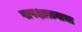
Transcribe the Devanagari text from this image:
पापक्षालनाचा